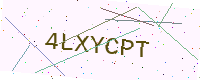
Text: 4LXYCPT